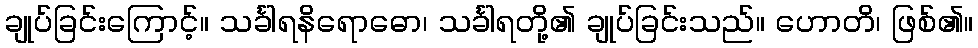
ချုပ်ခြင်းကြောင့်။ သင်္ခါရနိရောဓော၊ သင်္ခါရတို့၏ ချုပ်ခြင်းသည်။ ဟောတိ၊ ဖြစ်၏။